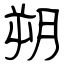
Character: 朔